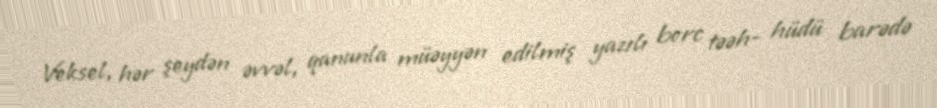
Veksel, hər şeydən əvvəl, qanunla müəyyən edilmiş yazılı borc təəh- hüdü barədə